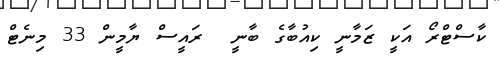
ކާސްޓްރޯ އަކީ ޒަމާނީ ކިއުބާގެ ބާނީ  ރައީސް ޔާމީން 33 މިނެޓް